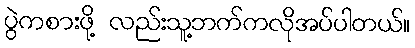
ပွဲကစားဖို့ လည်းသူ့ဘက်ကလိုအပ်ပါတယ်။